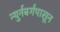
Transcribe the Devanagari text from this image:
न्युर्नबर्गपासून